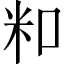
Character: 𬖏